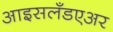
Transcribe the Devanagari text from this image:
आइसलँडएअर